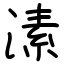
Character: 溸